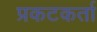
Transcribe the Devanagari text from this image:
प्रकटकर्ता